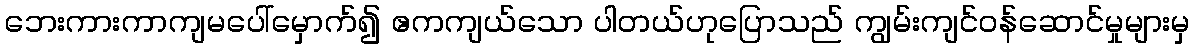
ဘေးကားကာကျမပေါ်မှောက်၍ ဧကကျယ်သော ပါတယ်ဟုပြောသည် ကျွမ်းကျင်ဝန်ဆောင်မှုများမှ